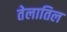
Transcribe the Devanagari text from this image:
तेलातिल